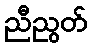
ညီညွတ်